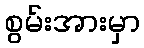
စွမ်းအားမှာ